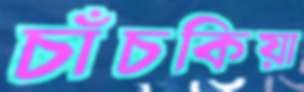
চাঁচকিয়া